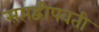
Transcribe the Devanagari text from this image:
सप्तद्वीपवती